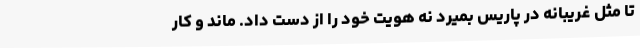
تا مثل غریبانه در پاریس بمیرد نه هویت خود را از دست داد. ماند و کار